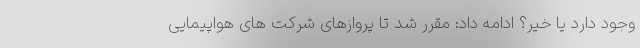
وجود دارد یا خیر؟ ادامه داد: مقرر شد تا پروازهای شرکت های هواپیمایی